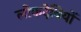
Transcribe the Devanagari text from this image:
लोकदेवियों